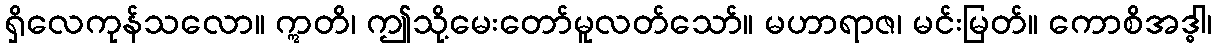
ရှိလေကုန်သလော။ ဣတိ၊ ဤသို့မေးတော်မူလတ်သော်။ မဟာရာဇ၊ မင်းမြတ်။ ကောစိအဒ္ဓါ၊